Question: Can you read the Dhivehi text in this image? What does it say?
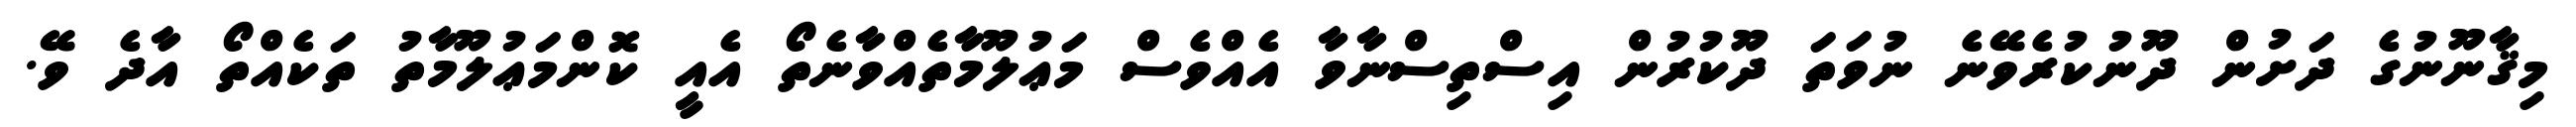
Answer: މިޤާނޫނުގެ ދަށުން ދޫނުކުރެވޭނެ ނުވަތަ ދޫކުރުން އިސްތިސްނާވާ އެއްވެސް މަޢުލޫމާތެއްވާނެތޯ އެއީ ކޮންމަޢުލޫމާތު ތަކެއްތޯ އާދެ ވޭ.